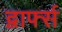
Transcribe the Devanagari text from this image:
द्वार्फ्स